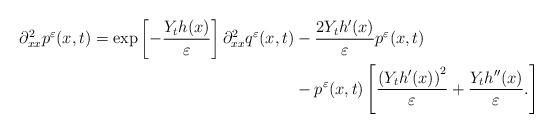
LaTeX: \begin{align*} \partial^2_{xx} p^{\varepsilon} (x,t) = \exp \left[ -\frac{Y_t h(x)}{\varepsilon} \right] \partial^2_{xx} q^{\varepsilon} (x,t) &- \frac{2 Y_t h'(x)}{\varepsilon} p^{\varepsilon} (x,t) \\&- p^{\varepsilon} (x,t) \left[ \frac{\left( Y_t h'(x) \right)^2}{\varepsilon} + \frac{Y_t h''(x)}{\varepsilon}. \right] \end{align*}